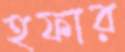
হফার